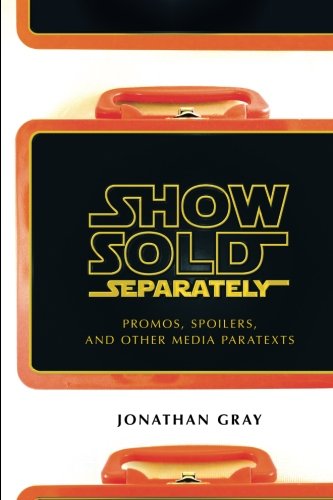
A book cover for Show Sold Separately: Promos, Spoilers, and Other Media Paratexts; Jonathan Gray; Health, Fitness & Dieting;